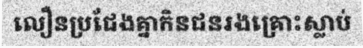
លឿនប្រជែងគ្នាកិនជនរងគ្រោះស្លាប់